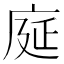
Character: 𫷳